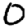
Digit: 0